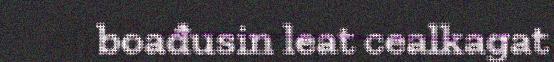
boađusin leat cealkagat